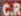
C.R